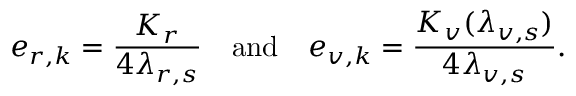
e _ { r , k } = \frac { K _ { r } } { 4 \lambda _ { r , s } } \quad \mathrm { a n d } \quad e _ { v , k } = \frac { K _ { v } ( \lambda _ { v , s } ) } { 4 \lambda _ { v , s } } .